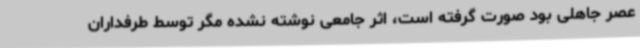
عصر جاهلی بود صورت گرفته است، اثر جامعی نوشته نشده مگر توسط طرفداران